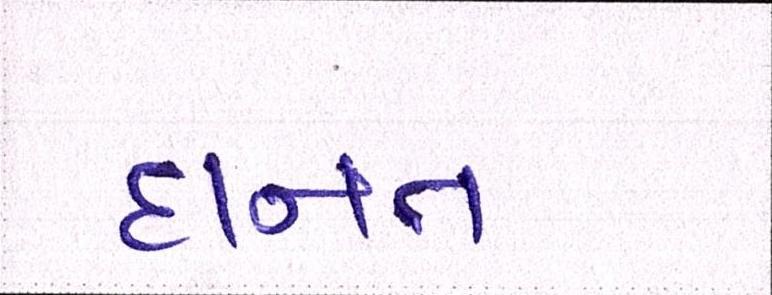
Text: દાનત